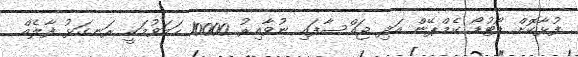
ފުޅާކޮށް ޑޯޓުޑޯ ކެމްޕޭން އަދި ޖައްސާފައި ނުވާއިރު 10000 ހަމަވުމަކީ ރަނގަޅު ފާލެއް